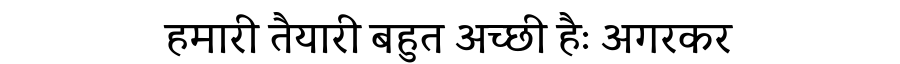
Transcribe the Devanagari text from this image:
हमारी तैयारी बहुत अच्छी हैः अगरकर